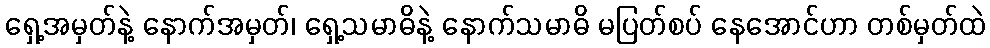
ရှေ့အမှတ်နဲ့ နောက်အမှတ်၊ ရှေ့သမာဓိနဲ့ နောက်သမာဓိ မပြတ်စပ် နေအောင်ဟာ တစ်မှတ်ထဲ